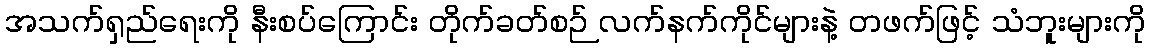
အသက်ရှည်ရေးကို နီးစပ်ကြောင်း တိုက်ခတ်စဉ် လက်နက်ကိုင်များနဲ့ တဖက်ဖြင့် သံဘူးများကို